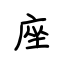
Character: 座